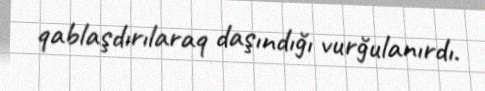
qablaşdırılaraq daşındığı vurğulanırdı.